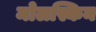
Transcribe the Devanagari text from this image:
मोलस्किन